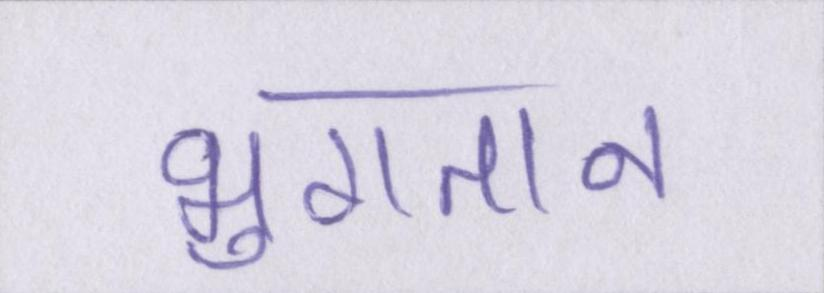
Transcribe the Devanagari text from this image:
भुगतान